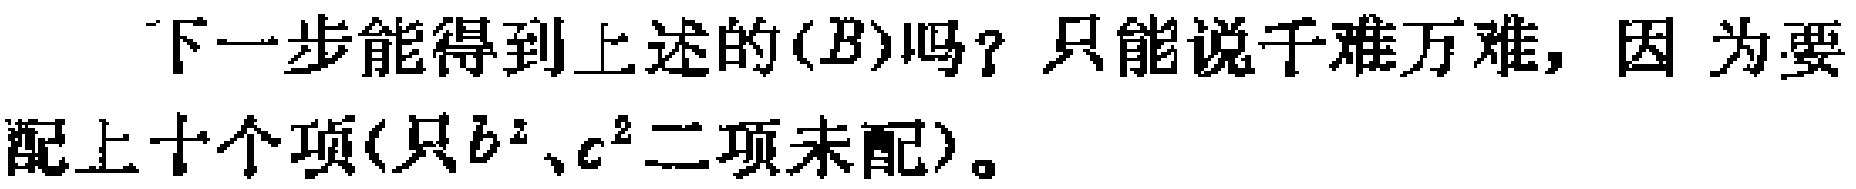
下一步能得到上述的$(B)$吗？只能说千难万难，因 为要配上十个项(只$b^{2}、c^{2}$二项未配)。